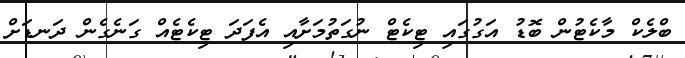
ބްލެކް މާކެޓުން ބޮޑު އަގުގައި ޓިކެޓް ނުގަތުމަށާއި އެފަދަ ޓިކެޓެއް ގަނެގެން ދަނޑަށް